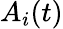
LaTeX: A_{i}(t)